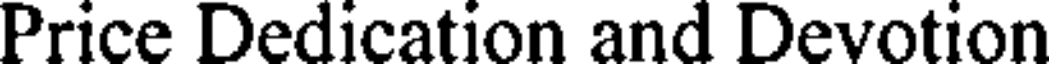
Price Dedication and Devotion